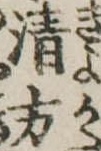
清方